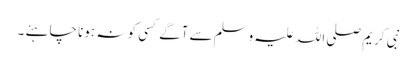
نبی کریم صلی اللہ علیہ وسلم سے آگے کسی کو نہ ہونا چاہئے ۔